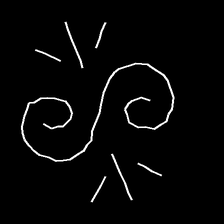
Glyph: wind-directs-air